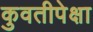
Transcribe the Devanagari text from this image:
कुवतीपेक्षा